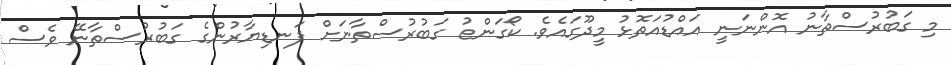
މި ގަބުރުސްތާނު އޮންނަނީ އައްޑުއަތޮޅު މީދޫގައެވެ. ކޯގަންޱު ގަބުރުސްތާނަށް ފަނޑިޔާރުންގެ ގަބުރުސްތާނޭ ވެސް